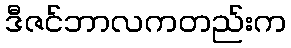
ဒီဇင်ဘာလကတည်းက